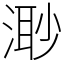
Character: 𣺌